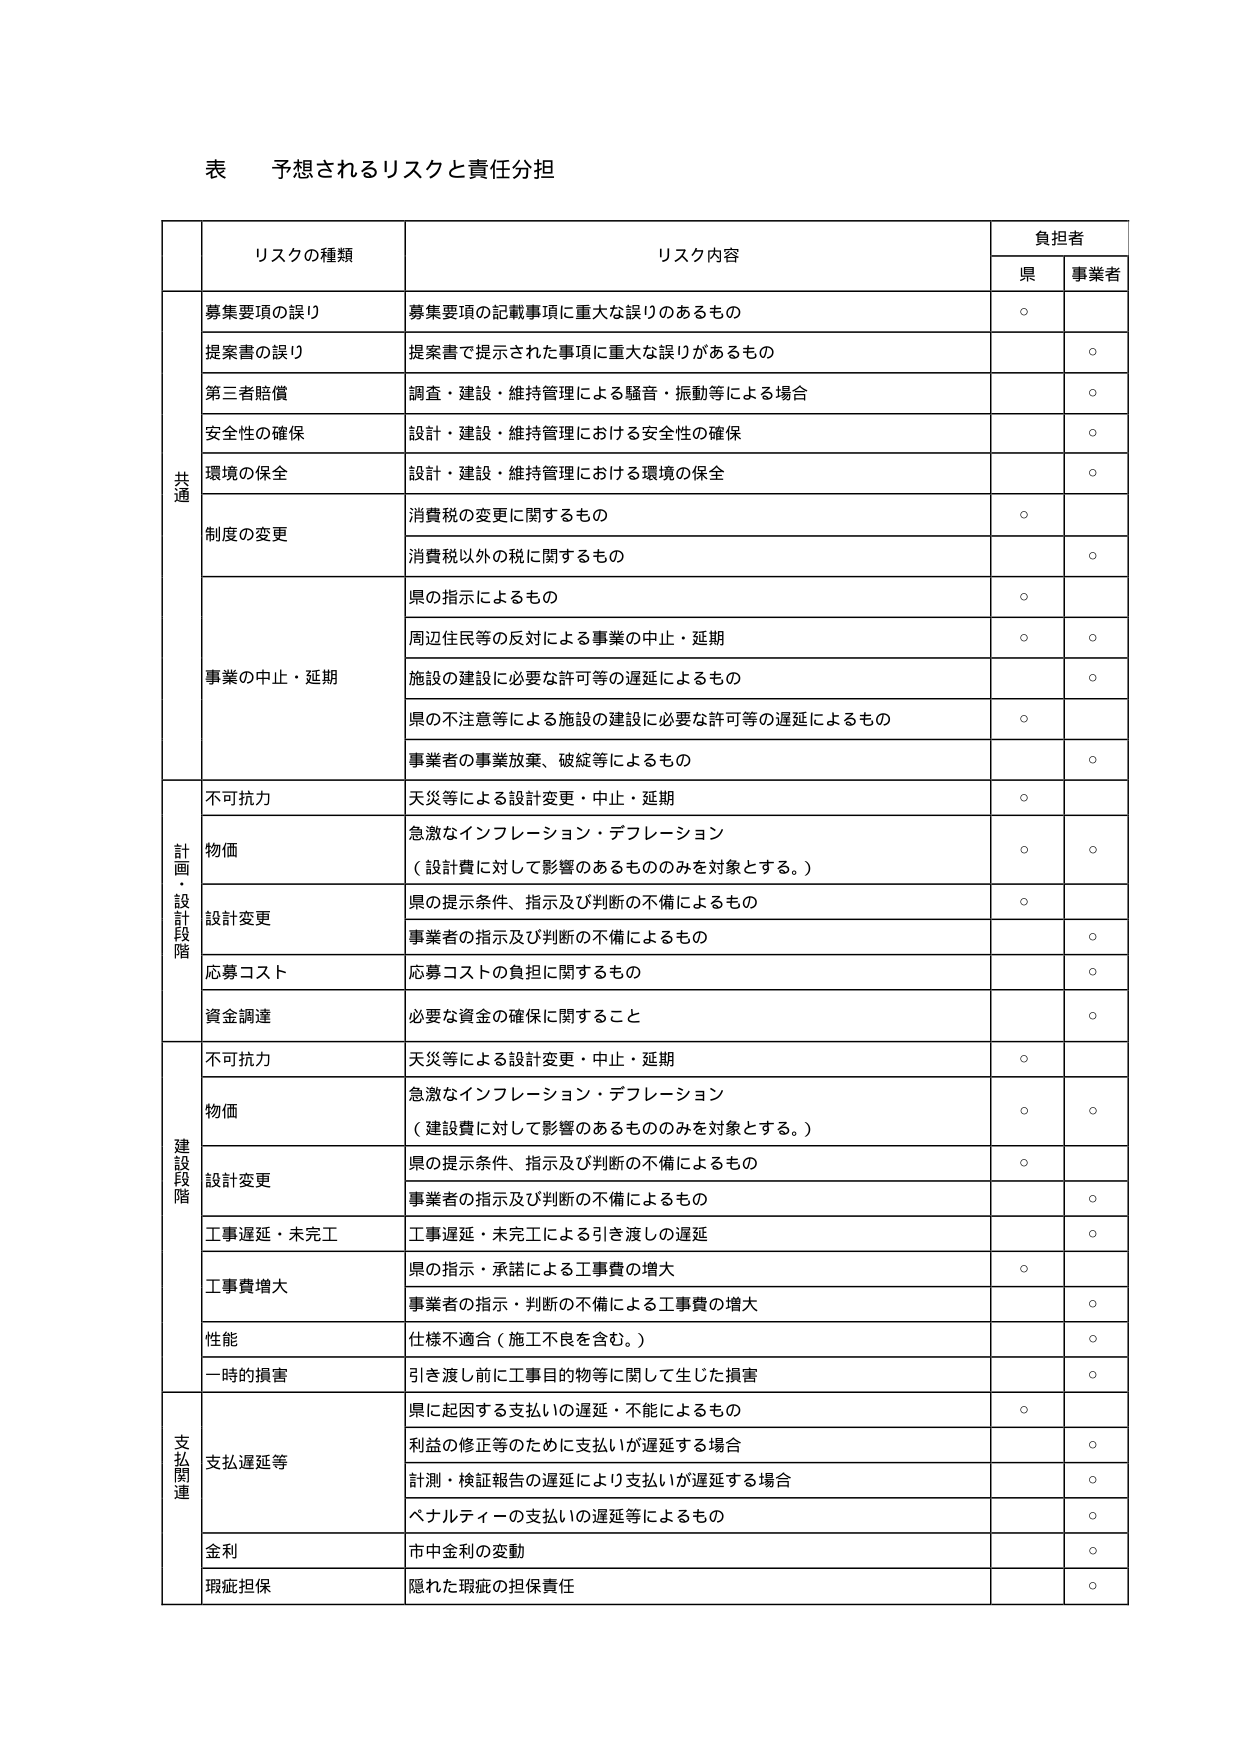
表 予想されるリスクと責任分担

リスクの種類 リスク内容 負担者
県 事業者

共通
募集要項の誤り 募集要項の記載事項に重大な誤りのあるもの ○
提案書の誤り 提案書で提示された事項に重大な誤りがあるもの ○
第三者賠償 調査・建設・維持管理による騒音・振動等による場合 ○
安全性の確保 設計・建設・維持管理における安全性の確保 ○
環境の保全 設計・建設・維持管理における環境の保全 ○
制度の変更 消費税の変更に関するもの ○
消費税以外の税に関するもの ○
事業の中止・延期 県の指示によるもの ○
周辺住民等の反対による事業の中止・延期 ○ ○
施設の建設に必要な許可等の遅延によるもの ○
県の不注意等による施設の建設に必要な許可等の遅延によるもの ○
事業者の事業放棄、破綻等によるもの ○

計画・設計段階
不可抗力 天災等による設計変更・中止・延期 ○
物価 急激なインフレーション・デフレーション （設計費に対して影響のあるもののみを対象とする。） ○ ○
設計変更 県の提示条件、指示及び判断の不備によるもの ○
事業者の指示及び判断の不備によるもの ○
応募コスト 応募コストの負担に関するもの ○
資金調達 必要な資金の確保に関すること ○

建設段階
不可抗力 天災等による設計変更・中止・延期 ○
物価 急激なインフレーション・デフレーション （建設費に対して影響のあるもののみを対象とする。） ○ ○
設計変更 県の提示条件、指示及び判断の不備によるもの ○
事業者の指示及び判断の不備によるもの ○
工事遅延・未完工 工事遅延・未完工による引き渡しの遅延 ○
工事費増大 県の指示・承諾による工事費の増大 ○
事業者の指示・判断の不備による工事費の増大 ○
性能 仕様不適合（施工不良を含む。） ○
一時的損害 引き渡し前に工事目的物等に関して生じた損害 ○

支払関連
支払遅延等 県に起因する支払いの遅延・不能によるもの ○
利益の修正等のために支払いが遅延する場合 ○
計測・検証報告の遅延により支払いが遅延する場合 ○
ペナルティの支払いの遅延等によるもの ○
金利 市中金利の変動 ○
瑕疵担保 隠れた瑕疵の担保責任 ○